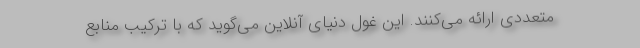
متعددی ارائه می‌کنند. این غول دنیای آنلاین می‌گوید که با ترکیب منابع